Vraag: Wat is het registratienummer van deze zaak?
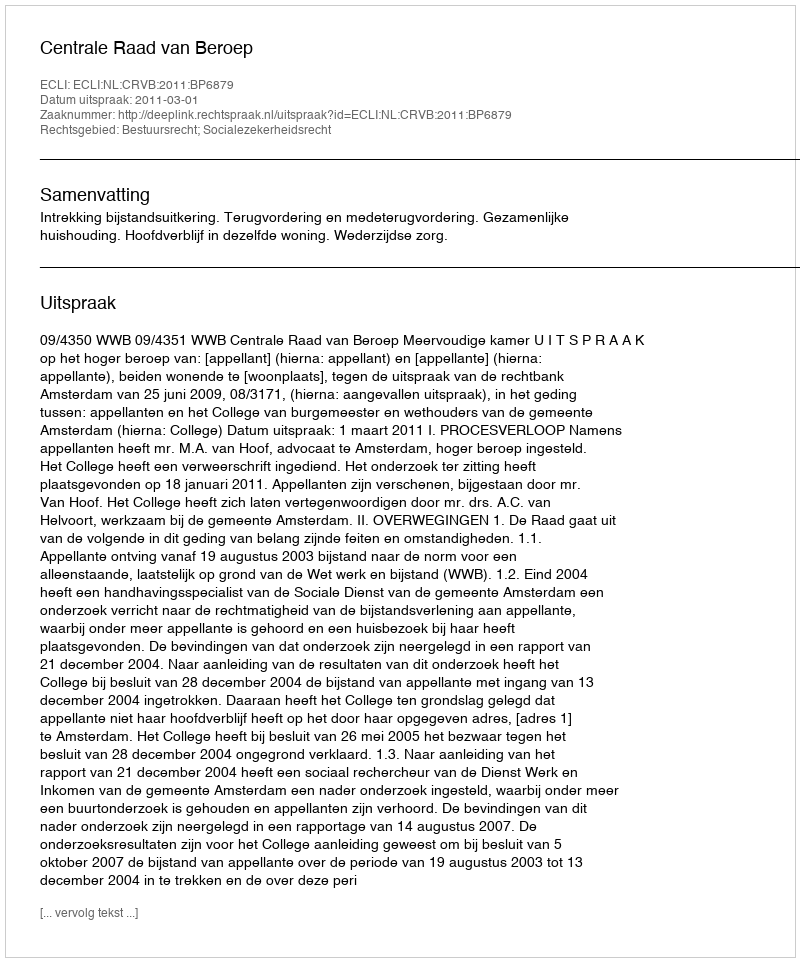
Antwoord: http://deeplink.rechtspraak.nl/uitspraak?id=ECLI:NL:CRVB:2011:BP6879